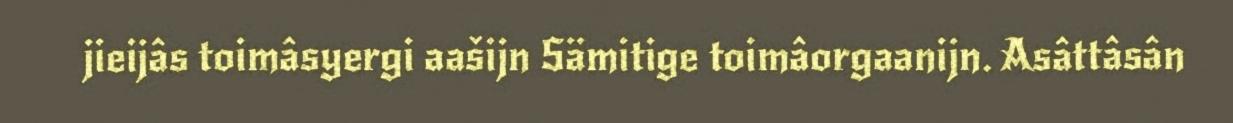
jieijâs toimâsyergi aašijn Sämitige toimâorgaanijn. Asâttâsân